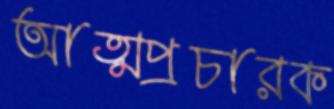
আত্মপ্রচারক